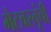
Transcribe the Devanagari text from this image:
भेटवस्तूंची